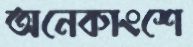
অনেকাংশে